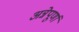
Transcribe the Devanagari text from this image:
अन्नेपूर्णा